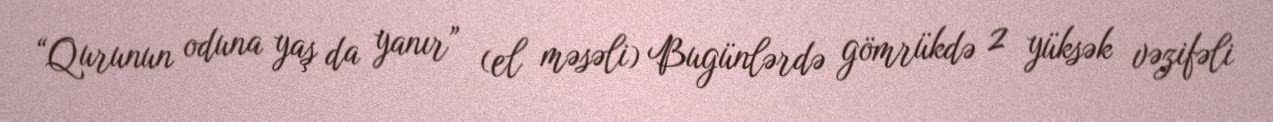
“Qurunun oduna yaş da yanır” (el məsəli) Bugünlərdə gömrükdə 2 yüksək vəzifəli